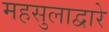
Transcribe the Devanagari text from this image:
महसुलाद्वारे